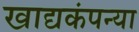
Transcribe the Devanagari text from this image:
खाद्यकंपन्या